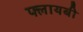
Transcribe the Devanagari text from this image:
फ्लायबी